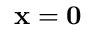
{ \bf x } = { \bf 0 }